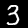
Digit: 3